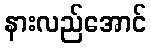
နားလည်အောင်